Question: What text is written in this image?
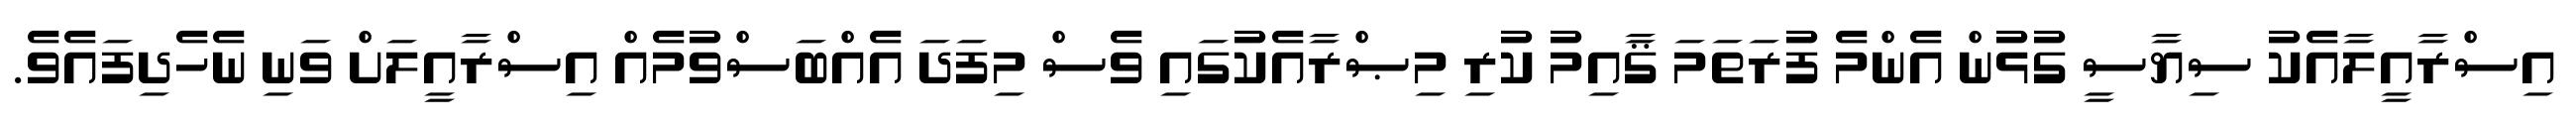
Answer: އިސްރާއީލާއެކު ސިޔާސީ ގުޅުން އެންމެ ފުރަތަމަ ޤާއިމު ކުރި މިޞްރާއެކުގައި ވެސް މިފަދަ އެއްބަސްވުމެއް އިސްރާއީލަށް ވަނި ނެހެދިފައެވެ.